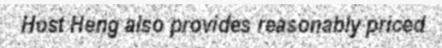
Host Heng also provides reasonably priced